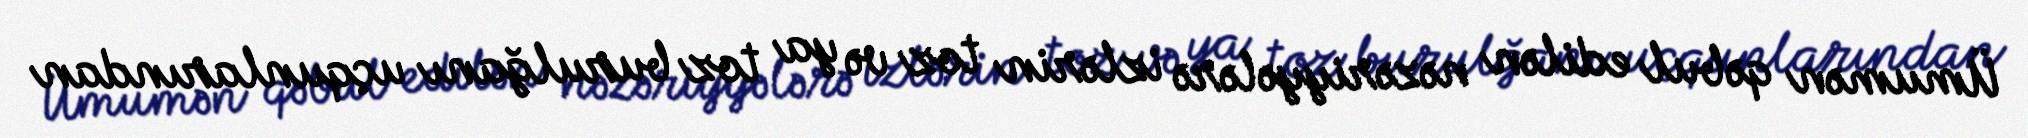
Ümumən qəbul edilən nəzəriyyələrə izlərin toz və ya toz burulğanı uçqunlarından